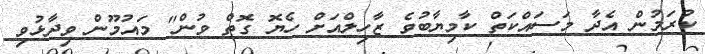
ކުރަމުން އެދާ މަސައްކަތް ކާމިޔާބުވެ ޒާހިލްއަށް ހެޔޮ ގޮތް ވުން" މައުމޫން ވިދާޅުވި